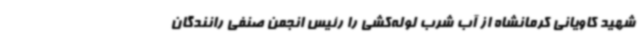
شهید کاویانی کرمانشاه از آب شرب لوله‌کشی را رئیس انجمن صنفی رانندگان